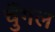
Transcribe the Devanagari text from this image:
चुँगल